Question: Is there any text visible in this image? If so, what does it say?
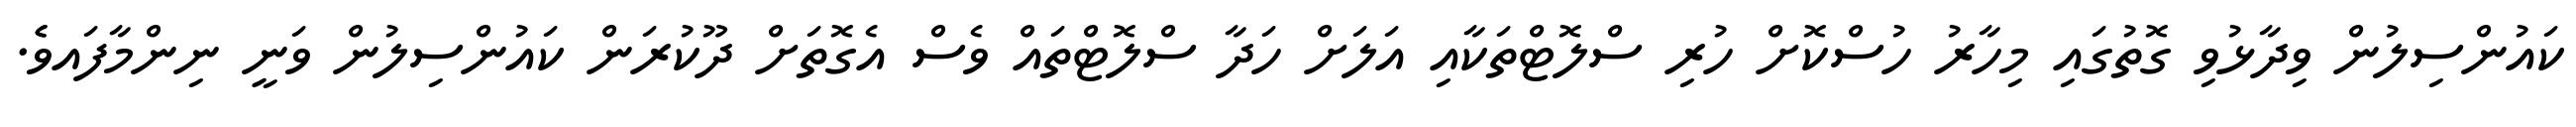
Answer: ކައުންސިލުން ވިދާޅުވި ގޮތުގައި މިހާރު ހުސްކޮށް ހުރި ސްލޮޓްތަކާއި އަލަށް ހަދާ ސްލޮޓްތައް ވެސް އެގޮތަށް ދޫކުރަން ކައުންސިލުން ވަނީ ނިންމާފައވެެ.